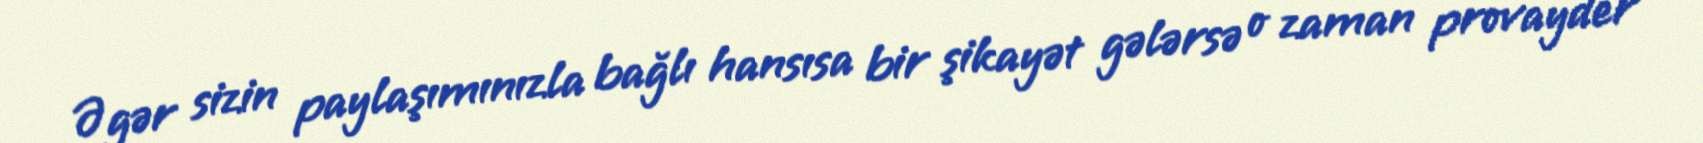
Əgər sizin paylaşımınızla bağlı hansısa bir şikayət gələrsə o zaman provayder